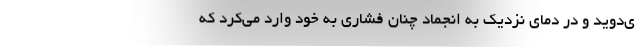
ی‌دوید و در دمای نزدیک به انجماد چنان فشاری به خود وارد می‌کرد که